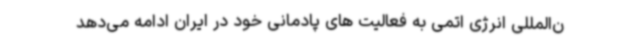
ن‌المللی انرژی اتمی به فعالیت های پادمانی خود در ایران ادامه می‌دهد